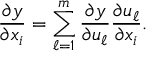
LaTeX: { \frac { \partial y } { \partial x _ { i } } } = \sum _ { \ell = 1 } ^ { m } { \frac { \partial y } { \partial u _ { \ell } } } { \frac { \partial u _ { \ell } } { \partial x _ { i } } } .